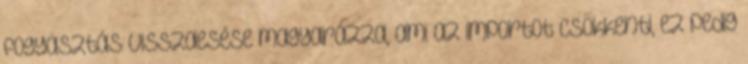
fogyasztás visszaesése magyarázza, ami az importot csökkenti, ez pedig